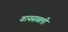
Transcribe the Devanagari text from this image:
वायसबली